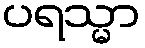
ပရသ္မာ